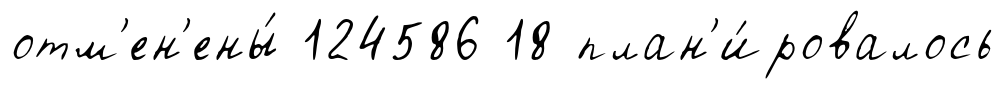
отм'ен'ены́ 124586 18 план'и́ровалось